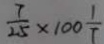
\frac { 7 } { 2 5 } \times 1 0 0 \frac { 1 } { T }